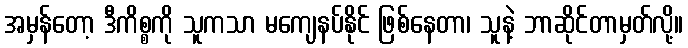
အမှန်တော့ ဒီကိစ္စကို သူကသာ မကျေနပ်နိုင် ဖြစ်နေတာ၊ သူနဲ့ ဘာဆိုင်တာမှတ်လို့။